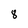
Character: 8